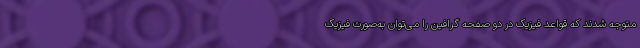
متوجه شدند که قواعد فیزیک در دو صفحه گرافین را می‌توان به‌صورت فیزیک